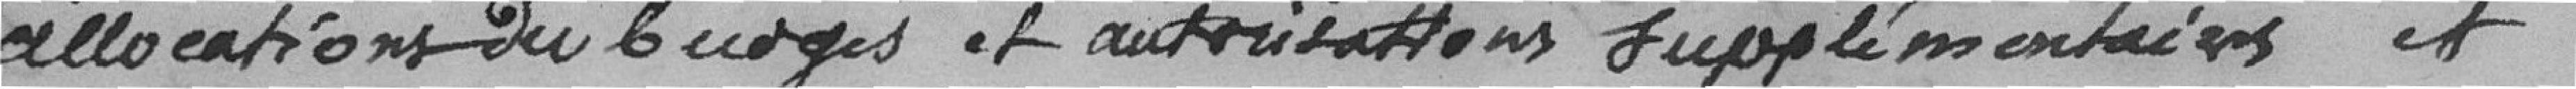
allocations du budget et autorisations supplémentaires et